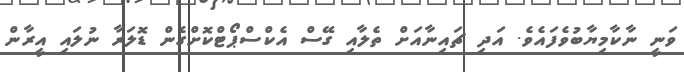
ވަނީ ނާކާމިޔާބުވެފައެވެ. އަދި ޗައިނާއަށް ތެލާއި ގޭސް އެކްސްޕޯޓްކޮށްގެން ޑޮލަރާ ނުލައި އީރާން